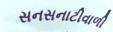
સનસનાટીવાળી